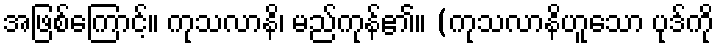
အဖြစ်ကြောင့်။ ကုသလာနိ၊ မည်ကုန်၏။ (ကုသလာနိဟူသော ပုဒ်ကို